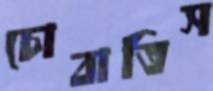
চোবাতিস